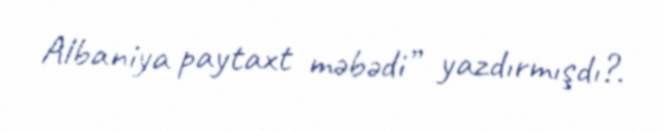
Albaniya paytaxt məbədi” yazdırmışdı?.